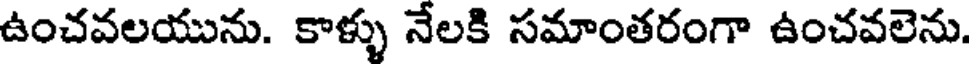
ఉంచవలయును. కాళ్ళు నేలకి సమాంతరంగా ఉంచవలెను.